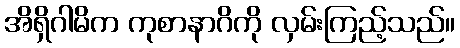
အိရှိဂါမိက ကုစာနာဂိကို လှမ်းကြည့်သည်။